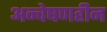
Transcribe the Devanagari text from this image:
अन्वेषणहीन